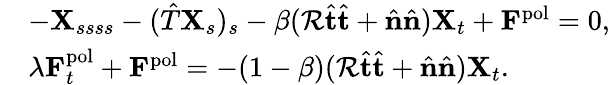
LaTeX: \begin{array}{rl}&{-\mathbf{X}_{ssss}-(\hat{T}\mathbf{X}_{s})_{s}-\beta(\mathcal{R}\hat{\textbf{t}}\hat{\textbf{t}}+\hat{\textbf{n}}\hat{\textbf{n}}){\mathbf{X}}_{t}+\mathbf{F}^{\mathrm{pol}}=0,}\\ &{\lambda\mathbf{F}_{t}^{\mathrm{pol}}+\mathbf{F}^{\mathrm{pol}}=-(1-\beta)(\mathcal{R}\hat{\textbf{t}}\hat{\textbf{t}}+\hat{\textbf{n}}\hat{\textbf{n}}){\mathbf{X}}_{t}.}\end{array}